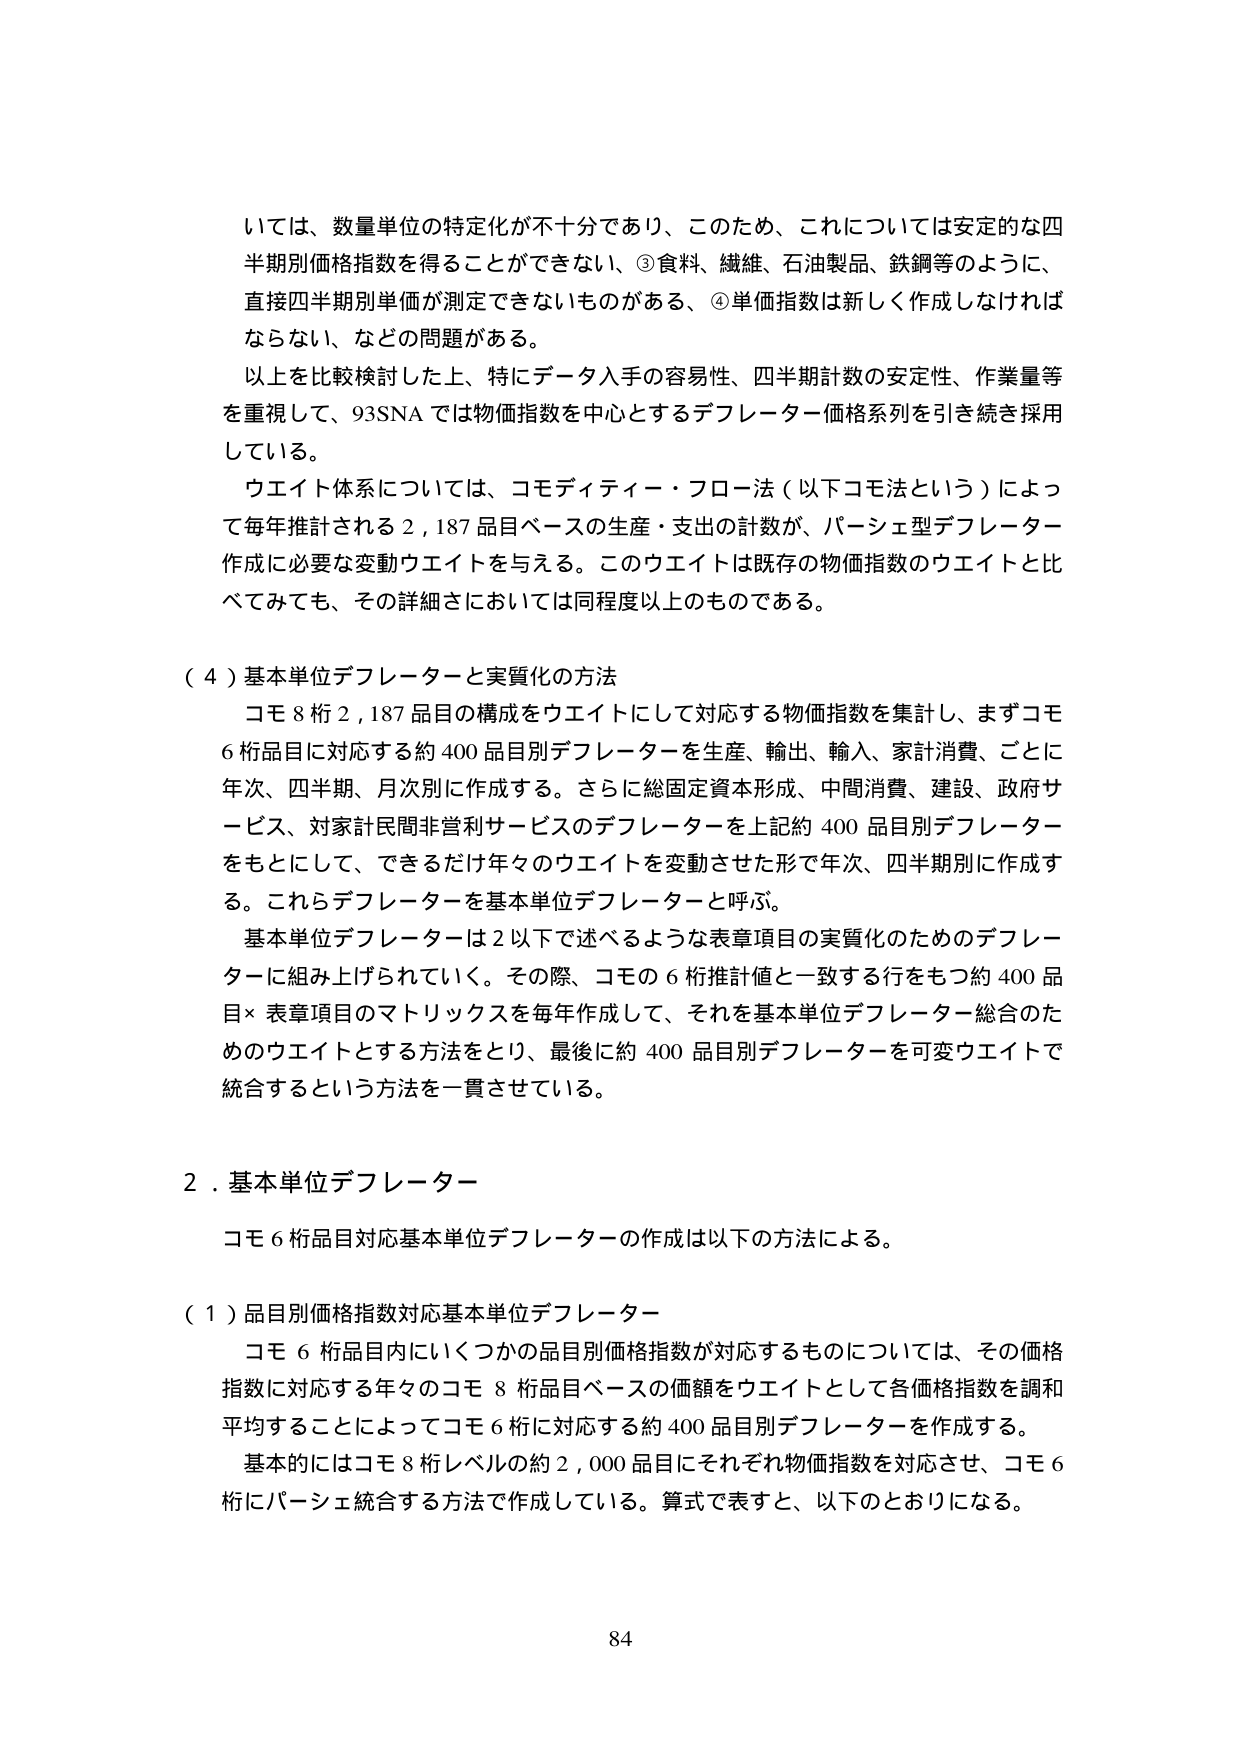
いては、数量単位の特定化が不十分であり、このため、これについては安定的な四
半期別価格指数を得ることができない、③食料、繊維、石油製品、鉄鋼等のように、
直接四半期別単価が測定できないものがある、④単価指数は新しく作成しなければ
ならない、などの問題がある。
以上を比較検討した上、特にデータ入手の容易性、四半期計数の安定性、作業量等
を重視して、93SNA では物価指数を中心とするデフレーター価格系列を引き続き採用
している。
ウエイト体系については、コモディティ・フロー法（以下コモ法という）によっ
て毎年推計される 2,187 品目ベースの生産・支出の計数が、バーシェ型デフレーター
作成に必要な変動ウエイトを与える。このウエイトは既存の物価指数のウエイトと比
べてみても、その詳細さにおいては同程度以上のものである。

（４）基本単位デフレーターと実質化の方法
コモ 8 桁 2,187 品目の構成をウエイトにして対応する物価指数を集計し、まずコモ
6 桁品目に対応する約 400 品目別デフレーターを生産、輸出、輸入、家計消費、ごとに
年次、四半期、月次別に作成する。さらに総固定資本形成、中間消費、建設、政府サ
ービス、対家計民間非営利サービスのデフレーターを上記約 400 品目別デフレーター
をもとにして、できるだけ年々のウエイトを変動させた形で年次、四半期別に作成す
る。これらデフレーターを基本単位デフレーターと呼ぶ。
基本単位デフレーターは 2 以下で述べるような表章項目の実質化のためのデフレー
ターに組み上げられていく。その際、コモの 6 桁推計値と一致する行をもつ約 400 品
目× 表章項目のマトリックスを毎年作成して、それを基本単位デフレーター総合のた
めのウエイトとする方法をとり、最後に約 400 品目別デフレーターを可変ウエイトで
統合するという方法を一貫させている。

２．基本単位デフレーター
コモ 6 桁品目対応基本単位デフレーターの作成は以下の方法による。

（１）品目別価格指数対応基本単位デフレーター
コモ 6 桁品目内にいくつかの品目別価格指数が対応するものについては、その価格
指数に対応する年々のコモ 8 桁品目ベースの価額をウエイトとして各価格指数を調和
平均することによってコモ 6 桁に対応する約 400 品目別デフレーターを作成する。
基本的にはコモ 8 桁レベルの約 2,000 品目にそれぞれ物価指数を対応させ、コモ 6
桁にバーシェ統合する方法で作成している。算式で表すと、以下のとおりになる。

84